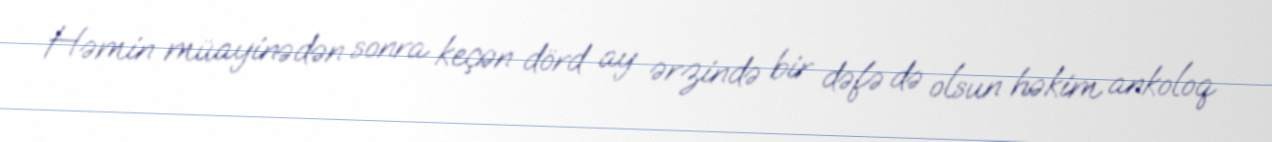
Həmin müayinədən sonra keçən dörd ay ərzində bir dəfə də olsun həkim ankoloq